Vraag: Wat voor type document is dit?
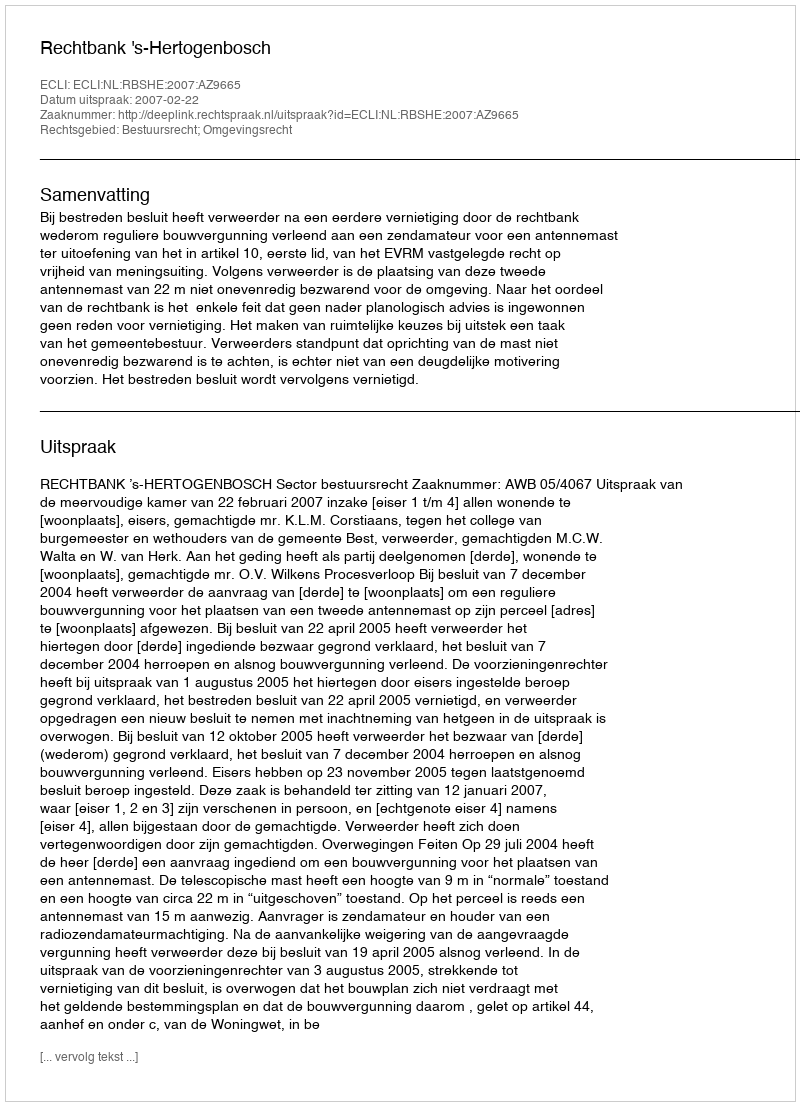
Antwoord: Uitspraak